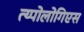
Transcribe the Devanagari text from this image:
त्य्पोलोगिएस